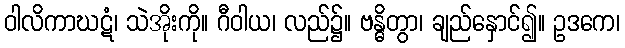
ဝါလိကာဃဋံ၊ သဲအိုးကို။ ဂီဝါယ၊ လည်၌။ ဗန္ဓိတွာ၊ ချည်နှောင်၍။ ဥဒကေ၊